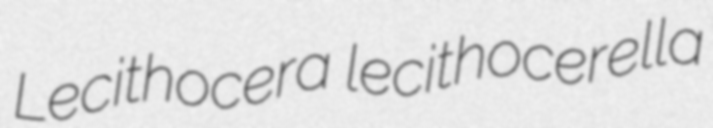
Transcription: Lecithocera lecithocerella